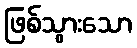
ဖြစ်သွားသော